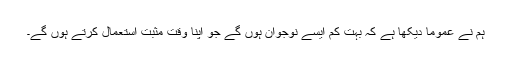
ہم نے عموما دیکھا ہے کہ بہت کم ایسے نوجوان ہوں گے جو اپنا وقت مثبت استعمال کرتے ہوں گے۔